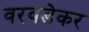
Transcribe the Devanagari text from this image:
वरवडेकर